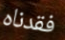
فقدناه